Civil Veterinary Department. Central Provinces & Berar 1932-41 - 1932-1941
Year: 1932
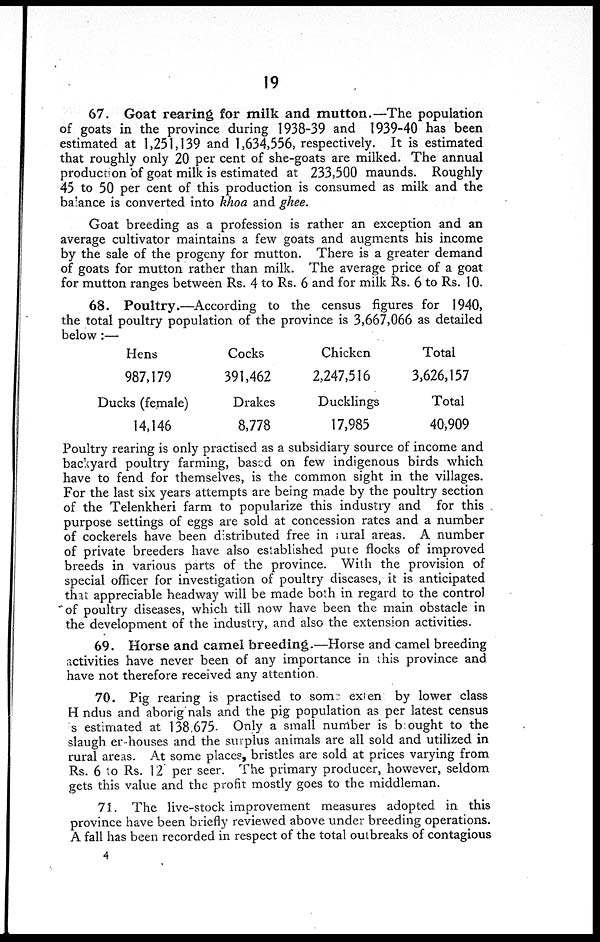
19
67. Goat rearing for milk and mutton.—The population
of goats in the province during 1938-39 and 1939-40 has been
estimated at 1,251,139 and 1,634,556, respectively. It is estimated
that roughly only 20 per cent of she-goats are milked. The annual
production of goat milk is estimated at 233,500 maunds. Roughly
45 to 50 per cent of this production is consumed as milk and the
balance is converted into khoa and ghee.
Goat breeding as a profession is rather an exception and an
average cultivator maintains a few goats and augments his income
by the sale of the progeny for mutton. There is a greater demand
of goats for mutton rather than milk. The average price of a goat
for mutton ranges between Rs. 4 to Rs. 6 and for milk Rs. 6 to Rs. 10.
68. Poultry.—According to the census figures for 1940,
the total poultry population of the province is 3,667,066 as detailed
below:—
Hens
987,179
Ducks (female)
14,146
Cocks
391,462
Drakes
8,778
Chicken
2,247,516
Ducklings
17,985
Total
3,626,157
Total
40,909
Poultry rearing is only practised as a subsidiary source of income and
backyard poultry farming, based on few indigenous birds which
have to fend for themselves, is the common sight in the villages.
For the last six years attempts are being made by the poultry section
of the Telenkheri farm to popularize this industry and for this
purpose settings of eggs are sold at concession rates and a number
of cockerels have been distributed free in rural areas. A number
of private breeders have also established pute flocks of improved
breeds in various parts of the province. With the provision of
special officer for investigation of poultry diseases, it is anticipated
that appreciable headway will be made both in regard to the control
of poultry diseases, which till now have been the main obstacle in
the development of the industry, and also the extension activities.
69. Horse and camel breeding.—Horse and camel breeding
activities have never been of any importance in this province and
have not therefore received any attention.
70. Pig rearing is practised to some exten by lower class
Hundus and aborig nals and the pig population as per latest census
sestimated at 138,675. Only a small number is bought to the
slaugh er-houses and the surplus animals are all sold and utilized in
rural areas. At some places, bristles are sold at prices varying from
Rs. 6 to Rs. 12 per seer. The primary producer, however, seldom
gets this value and the profit mostly goes to the middleman.
71. The live-stock improvement measures adopted in this
province have been briefly reviewed above under breeding operations.
A fall has been recorded in respect of the total outbreaks of contagious
4